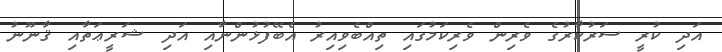
އަދި ކުރީ ސަރުކާރުގެ ވެރިން ވެރިކަމުގައި ތިއްބެވިއިރު އެބޭފުޅުންނާއި އަދި ޝަރީޢަތާއި ޤާނޫނު